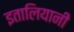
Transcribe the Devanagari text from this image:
इतालियानी